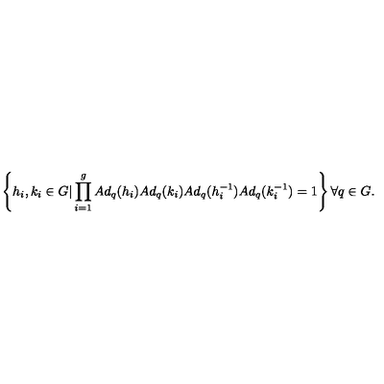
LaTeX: \left\{ h _ { i } , k _ { i } \in G \vert \prod _ { i = 1 } ^ { g } A d _ { q } ( h _ { i } ) A d _ { q } ( k _ { i } ) A d _ { q } ( h _ { i } ^ { - 1 } ) A d _ { q } ( k _ { i } ^ { - 1 } ) = 1 \right\} \forall q \in G .